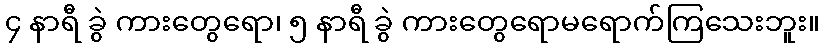
၄ နာရီ ခွဲ ကားတွေရော၊ ၅ နာရီ ခွဲ ကားတွေရောမရောက်ကြသေးဘူး။